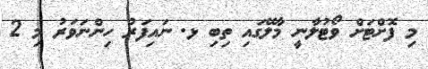
މި ފޮށްޓަށް ވޯޓުލާނީ މާލޭގައި ތިބި ޅ. ނައިފަރު ހިންނަވަރު މި 2